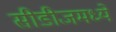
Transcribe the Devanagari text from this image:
सीडीजमध्ये